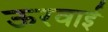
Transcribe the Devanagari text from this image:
ऊरवाई